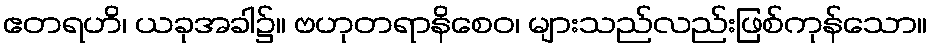
ဧတရဟိ၊ ယခုအခါ၌။ ဗဟုတရာနိစေဝ၊ များသည်လည်းဖြစ်ကုန်သော။